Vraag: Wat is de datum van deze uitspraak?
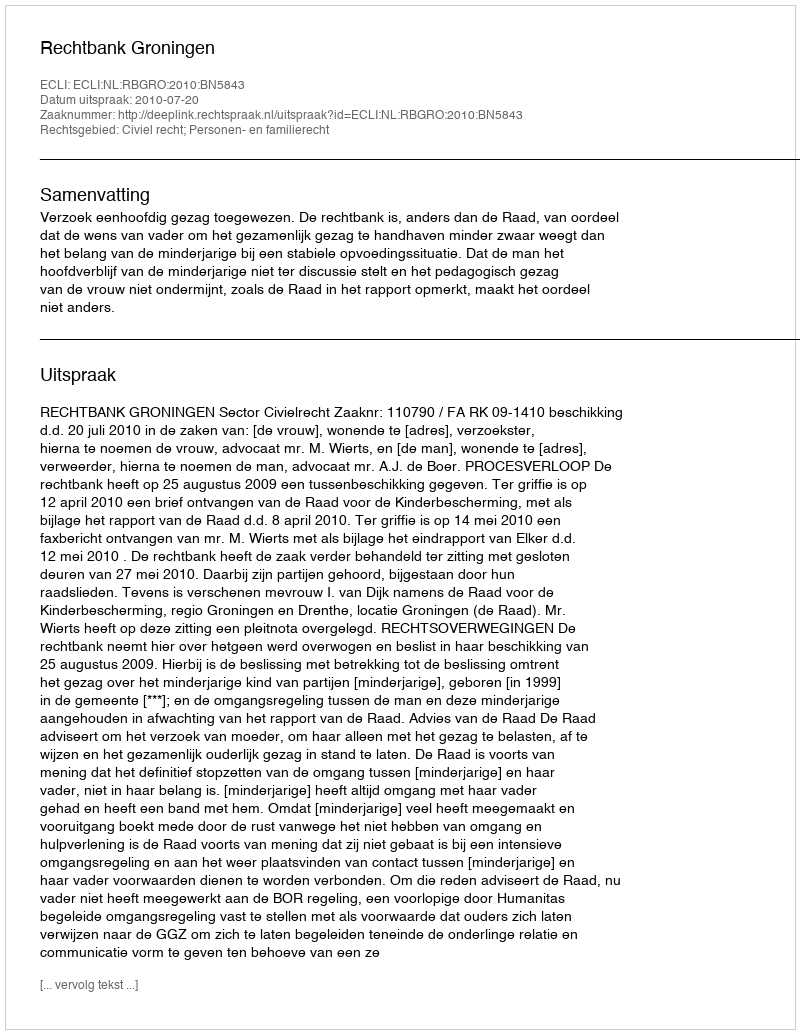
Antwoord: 2010-07-20